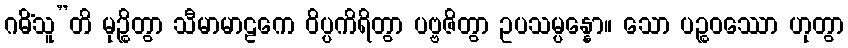
ဂမိံသူ”တိ မုဉ္စိတွာ သီမာမာဠကေ ဝိပ္ပကိရိတွာ ပဗ္ဗဇိတွာ ဥပသမ္ပန္နော။ သော ပဉ္စဝဿော ဟုတွာ